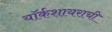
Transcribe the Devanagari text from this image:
यॉर्कशायराची